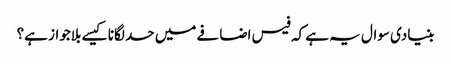
بنیادی سوال یہ ہے کہ فیس اضافے میں حد لگانا کیسے بلاجواز ہے؟